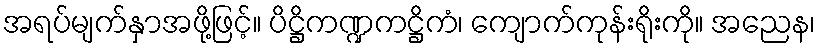
အရပ်မျက်နှာအဖို့ဖြင့်။ ပိဋ္ဌိကဏ္ဍကဋ္ဌိကံ၊ ကျောက်ကုန်းရိုးကို။ အညေန၊